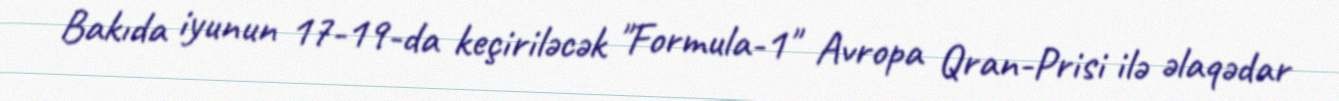
Bakıda iyunun 17-19-da keçiriləcək "Formula-1" Avropa Qran-Prisi ilə əlaqədar